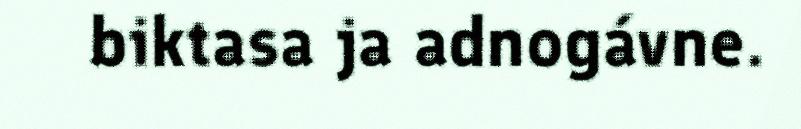
biktasa ja adnogávne.